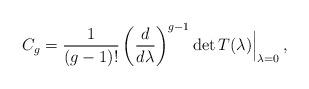
LaTeX: \begin{align*}C_g=\frac{1}{(g-1)!}\left(\frac{d}{d\lambda}\right)^{g-1}{\rm det}\,T(\lambda)\Big|_{\lambda=0}\,,\end{align*}